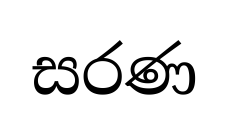
සරණ